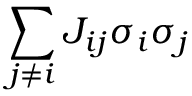
\sum _ { j \neq i } J _ { i j } \sigma _ { i } \sigma _ { j }